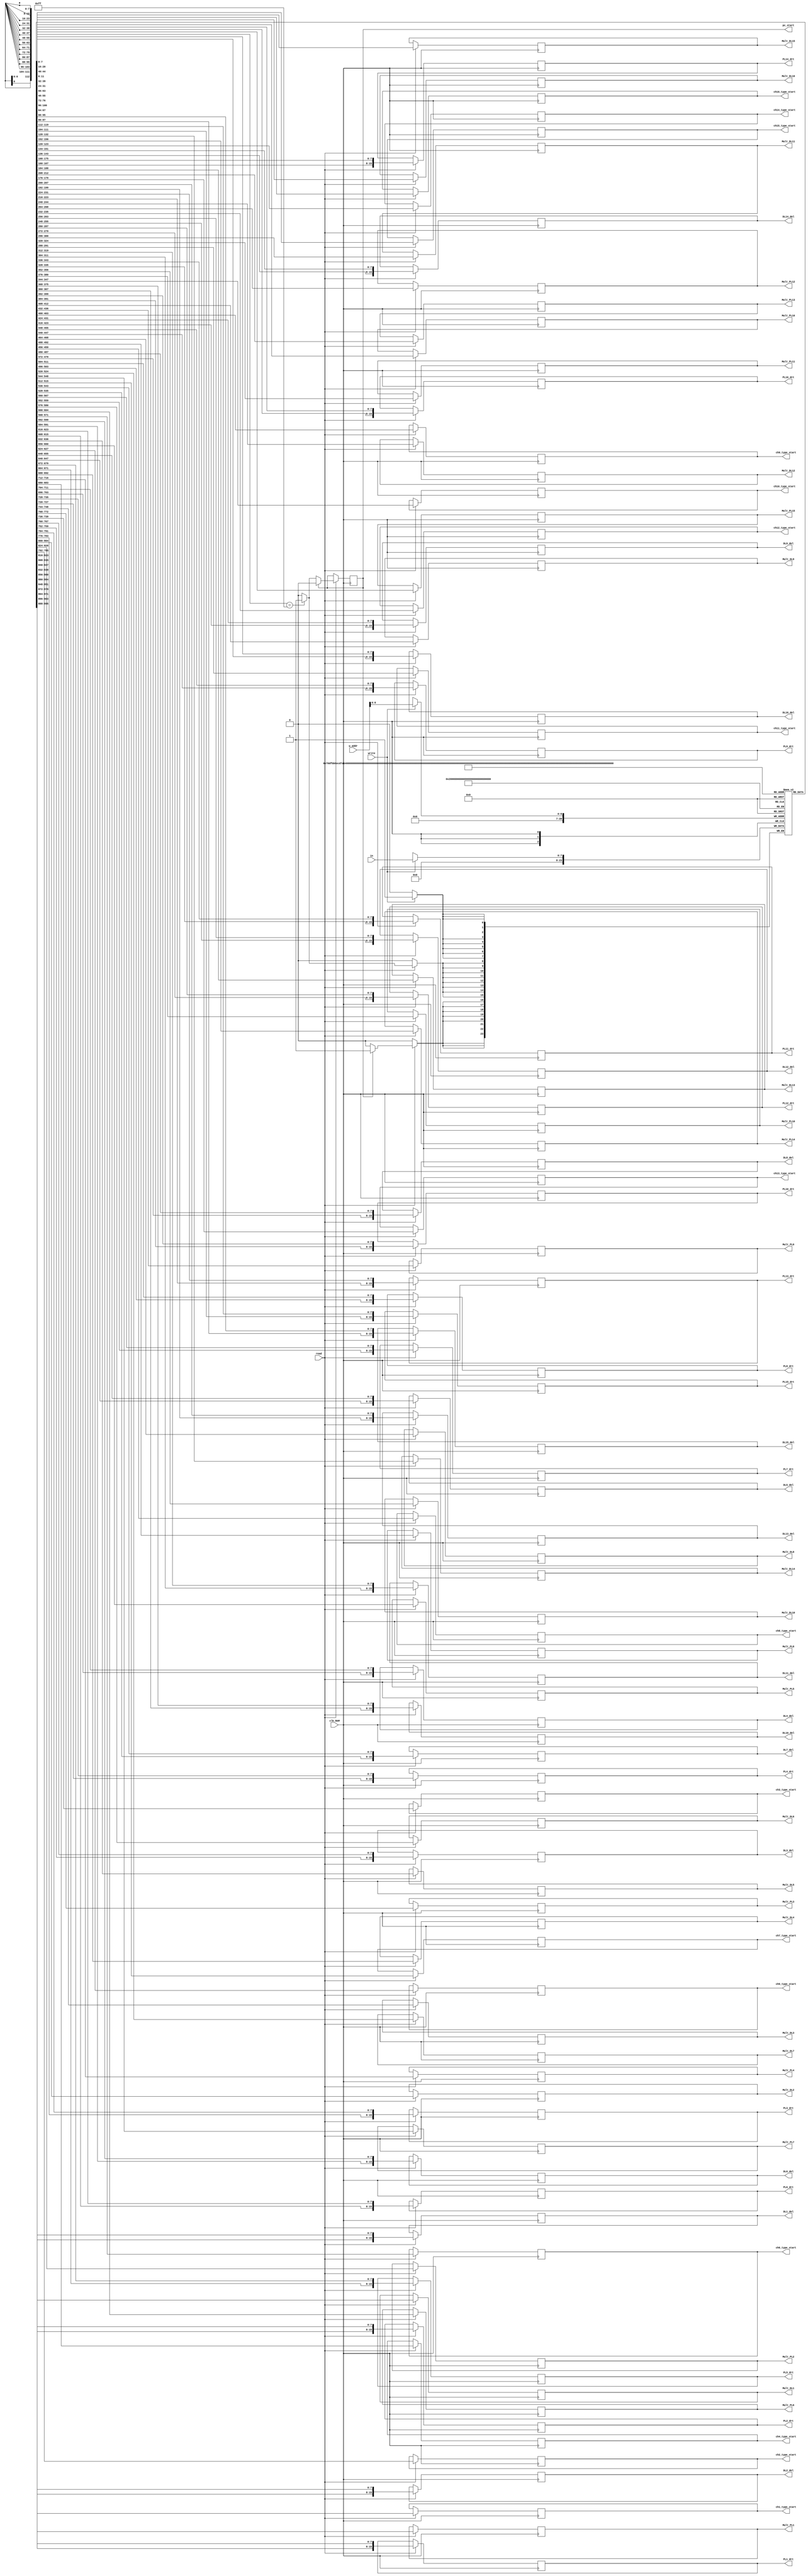
///////////////////////////////////////////////////////////
// Name File : RAM.v 												//
// Autor : Dyomkin Pavel Mikhailovich 							//
// Company : GSC RF TRINITI										//
// Description : UART Rx module								  	//
// Start design : 22.10.2020 										//
// Last revision : 27.10.2020 									//
///////////////////////////////////////////////////////////

module RAM(//output reg [31:0] out, 

			  output reg [15:0] PL1_drt,
			  output reg [15:0] DL1_del,
			  output reg [3:0] ch1_type_start,
			  output reg [4:0] Mult_PL1,
			  output reg [4:0] Mult_DL1,
			  
			  output reg [15:0] PL2_drt,
			  output reg [15:0] DL2_del,
			  output reg [3:0]ch2_type_start,
			  output reg [4:0] Mult_PL2,
			  output reg [4:0] Mult_DL2,
			  
			  output reg [15:0] PL3_drt,
			  output reg [15:0] DL3_del,
			  output reg [3:0]ch3_type_start,
			  output reg [4:0] Mult_PL3,
			  output reg [4:0] Mult_DL3,
			  
			  output reg [15:0] PL4_drt,
			  output reg [15:0] DL4_del,
			  output reg [3:0]ch4_type_start,
			  output reg [4:0] Mult_PL4,
			  output reg [4:0] Mult_DL4,
			  
			  output reg [15:0] PL5_drt,
			  output reg [15:0] DL5_del,
			  output reg [3:0]ch5_type_start,
			  output reg [4:0] Mult_PL5,
			  output reg [4:0] Mult_DL5,
			  
			  output reg [15:0] PL6_drt,
			  output reg [15:0] DL6_del,
			  output reg [3:0]ch6_type_start,
			  output reg [4:0] Mult_PL6,
			  output reg [4:0] Mult_DL6,
			  
			  output reg [15:0] PL7_drt,
			  output reg [15:0] DL7_del,
			  output reg [3:0]ch7_type_start,
			  output reg [4:0] Mult_PL7,
			  output reg [4:0] Mult_DL7,
			  
			  output reg [15:0] PL8_drt,
			  output reg [15:0] DL8_del,
			  output reg [3:0]ch8_type_start,
			  output reg [4:0] Mult_PL8,
			  output reg [4:0] Mult_DL8,
			  
			  output reg [15:0] PL9_drt,
			  output reg [15:0] DL9_del,
			  output reg [3:0]ch9_type_start,
			  output reg [4:0] Mult_PL9,
			  output reg [4:0] Mult_DL9,
			  
			  output reg [15:0] PL10_drt,
			  output reg [15:0] DL10_del,
			  output reg [3:0]ch10_type_start,
			  output reg [4:0] Mult_PL10,
			  output reg [4:0] Mult_DL10,
			  
			  output reg [15:0] PL11_drt,
			  output reg [15:0] DL11_del,
			  output reg [3:0]ch11_type_start,
			  output reg [4:0] Mult_PL11,
			  output reg [4:0] Mult_DL11,
			  
			  output reg [15:0] PL12_drt,
			  output reg [15:0] DL12_del,
			  output reg [3:0]ch12_type_start,
			  output reg [4:0] Mult_PL12,
			  output reg [4:0] Mult_DL12,
			  
			  output reg [15:0] PL13_drt,
			  output reg [15:0] DL13_del,
			  output reg [3:0]ch13_type_start,
			  output reg [4:0] Mult_PL13,
			  output reg [4:0] Mult_DL13,
			  
			  output reg [15:0] PL14_drt,
			  output reg [15:0] DL14_del,
			  output reg [3:0]ch14_type_start,
			  output reg [4:0] Mult_PL14,
			  output reg [4:0] Mult_DL14,
			  
			  output reg [15:0] PL15_drt,
			  output reg [15:0] DL15_del,
			  output reg [3:0]ch15_type_start,
			  output reg [4:0] Mult_PL15,
			  output reg [4:0] Mult_DL15,
			  
			  output reg [15:0] PL16_drt,
			  output reg [15:0] DL16_del,
			  output reg [3:0]ch16_type_start,
			  output reg [4:0] Mult_PL16,
			  output reg [4:0] Mult_DL16,
			  
			  output reg pc_start,
			  
								
			  input clk_RAM,
			  input [7:0] in,
			  input [7:0] w_addr,
			  input write,
			  input read
			  
			  );

		  
reg [7:0] DATA [112:0]; 

initial pc_start <= 1'b0;


always @(posedge clk_RAM) begin
	
	if(write == 1'b1) begin											//write if == 1'b0 else prohibition on write
		DATA[w_addr] <= in;
		
	end
	
	if (read == 1'b1) begin                               // Readiness flag always = 1, READ if == 1'b1 else prohibition on read
			
		
		
			PL1_drt  <= {DATA[111], DATA[112]};
			Mult_PL1 <= DATA[110];
			DL1_del  <= {DATA[108], DATA[109]};
			Mult_DL1 <= DATA[107];
		   ch1_type_start <= DATA[106];
			

			PL2_drt  <= {DATA[104], DATA[105]};
			Mult_PL2 <= DATA[103];
			DL2_del  <= {DATA[101], DATA[102]};
			Mult_DL2 <= DATA[100];
		   ch2_type_start <= DATA[99];
			
			
		   PL3_drt  <= {DATA[97], DATA[98]};
			Mult_PL3 <= DATA[96];
			DL3_del  <= {DATA[94], DATA[95]};
			Mult_DL3 <= DATA[93];
		   ch3_type_start <= DATA[92];
			
			PL4_drt  <= {DATA[90], DATA[91]};
			Mult_PL4 <= DATA[89];
			DL4_del  <= {DATA[87], DATA[88]};
			Mult_DL4 <= DATA[86];
		   ch4_type_start <= DATA[85];
			
			PL5_drt  <= {DATA[83], DATA[84]};
			Mult_PL5 <= DATA[82];
			DL5_del  <= {DATA[80], DATA[81]};
			Mult_DL5 <= DATA[79];
		   ch5_type_start <= DATA[78];
			
			PL6_drt  <= {DATA[76], DATA[77]};
			Mult_PL6 <= DATA[75];
			DL6_del  <= {DATA[73], DATA[74]};
			Mult_DL6 <= DATA[72];
		   ch6_type_start <= DATA[71];
			
			PL7_drt  <= {DATA[69], DATA[70]};
			Mult_PL7 <= DATA[68];
			DL7_del  <= {DATA[66], DATA[67]};
			Mult_DL7 <= DATA[65];
		   ch7_type_start <= DATA[64];
			
			PL8_drt  <= {DATA[62], DATA[63]};
			Mult_PL8 <= DATA[61];
			DL8_del  <= {DATA[59], DATA[60]};
			Mult_DL8 <= DATA[58];
		   ch8_type_start <= DATA[57];
			
			PL9_drt  <= {DATA[55], DATA[56]};
			Mult_PL9 <= DATA[54];
			DL9_del  <= {DATA[52], DATA[53]};
			Mult_DL9 <= DATA[51];
		   ch9_type_start <= DATA[50];
			
			PL10_drt  <= {DATA[48], DATA[49]};
			Mult_PL10 <= DATA[47];
			DL10_del  <= {DATA[45], DATA[46]};
			Mult_DL10 <= DATA[44];
		   ch10_type_start <= DATA[43];
			
			PL11_drt  <= {DATA[41], DATA[42]};
			Mult_PL11 <= DATA[40];
			DL11_del  <= {DATA[38], DATA[39]};
			Mult_DL11 <= DATA[37];
		   ch11_type_start <= DATA[36];
			
			PL12_drt  <= {DATA[34], DATA[35]};
			Mult_PL12 <= DATA[33];
			DL12_del  <= {DATA[31], DATA[32]};
			Mult_DL12 <= DATA[30];
		   ch12_type_start <= DATA[29];
			
			PL13_drt  <= {DATA[27], DATA[28]};
			Mult_PL13 <= DATA[26];
			DL13_del  <= {DATA[24], DATA[25]};
			Mult_DL13 <= DATA[23];
		   ch13_type_start <= DATA[22];
			
			PL14_drt  <= {DATA[20], DATA[21]};
			Mult_PL14 <= DATA[19];
			DL14_del  <= {DATA[17], DATA[18]};
			Mult_DL14 <= DATA[16];
		   ch14_type_start <= DATA[15];
			
			PL15_drt  <= {DATA[13], DATA[14]};
			Mult_PL15 <= DATA[12];
			DL15_del  <= {DATA[10], DATA[11]};
			Mult_DL15 <= DATA[9];
		   ch15_type_start <= DATA[8];
			
			PL16_drt  <= {DATA[6], DATA[7]};
			Mult_PL16 <= DATA[5];
			DL16_del  <= {DATA[3], DATA[4]};
			Mult_DL16 <= DATA[2];
		   ch16_type_start <= DATA[1];
			
			

			
			
			
			
			if (DATA[0] == 8'd255) begin
				DATA[0] <= 1'b0;
				pc_start <= 1'b1;
			end
			
			if (pc_start == 1'b1) begin
				pc_start <= 1'b0;
				DATA[0] <= 1'b0;
			end
			
		
		
		
		
		
		
		
	end	
	
	
	


	
end

	
endmodule